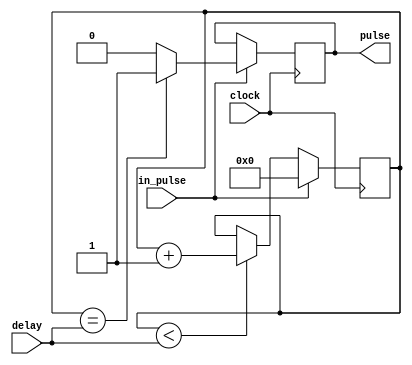
module debouncer(pulse, clock, in_pulse, delay);

	output reg pulse;
	input	 clock;
	input	 in_pulse;
	input [31:0] delay;
	
	reg [31:0] count;
	
	always @ (posedge clock) begin
		
		if (in_pulse == 1'b0) begin /* button is pushed */
			
				if (count < delay)
					count <= count + 1;
		
		end else begin /* (in_pulse == 1'b1) button is released */
			if (count == delay) begin
				pulse <= 1'b1;
			end else begin /* (count == delay) */
				pulse <= 1'b0;
			end
			count <= 0;
		end	
	
	end
endmodule